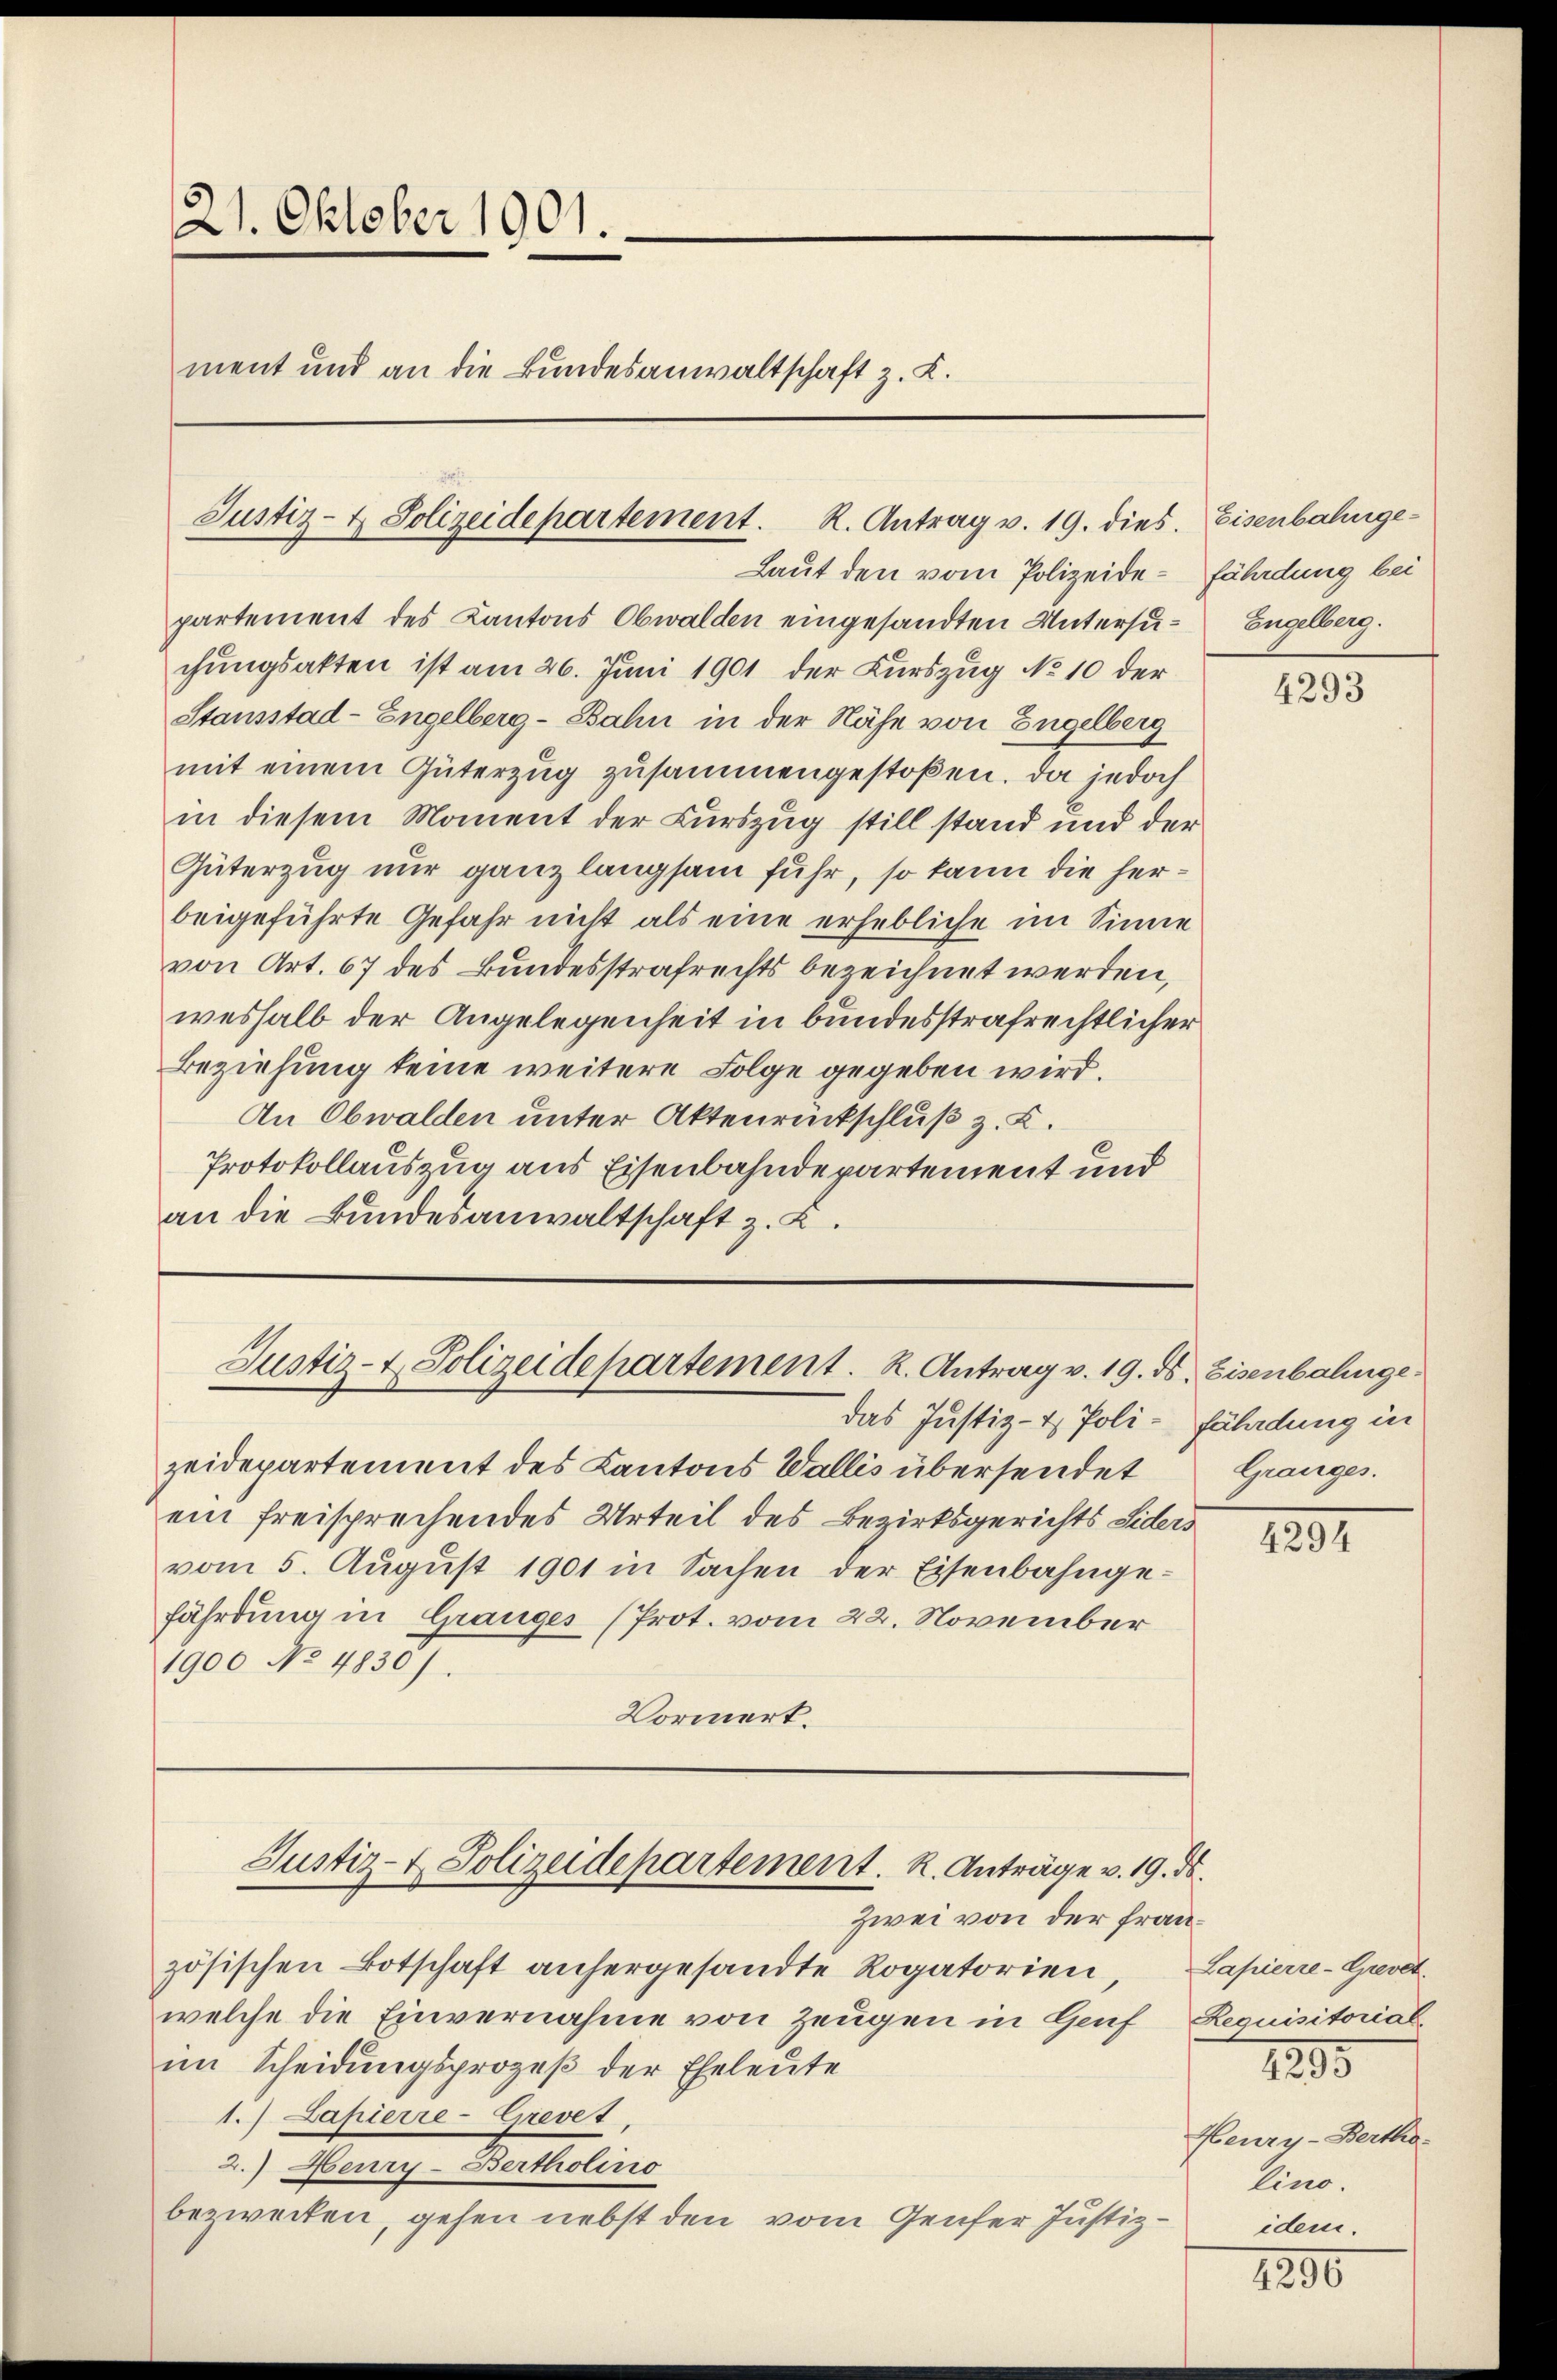
Laut den vom Polizeide-fährdung bei
partement des Kantons Obwalden eingesandten Untersu-Engelberg.
chungsakten ist am 26. Juni 1901 der Kurszug No 10 der
Stausstad-Engelberg-Bahn in der Nähe von Engelberg
mit einem Güterzug zusammengestoßen. Da jedoch
in diesem Moment der Kurszug still stand und der
Güterzug nur ganz langsam fuhr, so kann die herbeigeführte Gefahr nicht als eine erhebliche im Sinne
von Art. 67 des Bundesstrafrechts bezeichnet werden,
weshalb der Angelegenheit in bundesstrafrechtlicher
Beziehung keine weitere Folge gegeben wird.
An Obwalden unter Aktenrückschluß z. B.
Protokollauszug aus Eisenbahndepartement und
an die Bundesanwaltschaft z. K.

21. Oktober 1901.
ment und an die Bundesanwaltschaft z. K.

Justiz- & Polizeidepartement. R. Antrag v. 19. dies. Eisenbahnge¬

Justiz- & Polizeidepartement. K. Antrag v. 19. ds. Eisenbahnge

das Justiz- & Poli-Fäladung in
zeidepartement des Kantons Wallis übersendet
ein freisprechendes Urteil des Bezirksgerichts Siders
vom 5. August 1901 in Sachen der Eisenbahngefährdung in Grauges (Prot. vom 22. November
1900 No 4830).
Vormerk.

Justiz- & Polizeidepartement. K. Anträge v. 19. ds.

Zwei von der Frazösischen Botschaft anhergesandte Rogatorien,
welche die Einvernahme von Zeugen in Genf
im Scheidungsprozeß der Eheleute
1.) Lahierre-Cirevet
2.) Heury-Bertholino
bezwecken, gehen nebst den vom Genfer Justiz¬

4293

Granges.

4294

f
Lapierre-Grevet.
Requisitorial

1295

Henry-Bertha.
lino.
idem.

1290